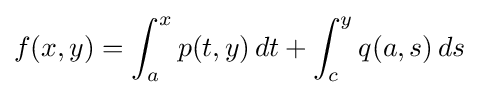
f(x,y)=\int _{a}^{x}p(t,y)\,dt+\int _{c}^{y}q(a,s)\,ds